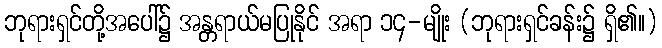
ဘုရားရှင်တို့အပေါ်၌ အန္တရာယ်မပြုနိုင် အရာ ၁၄-မျိုး (ဘုရားရှင်ခန်း၌ ရှိ၏။)